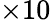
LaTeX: \times 10